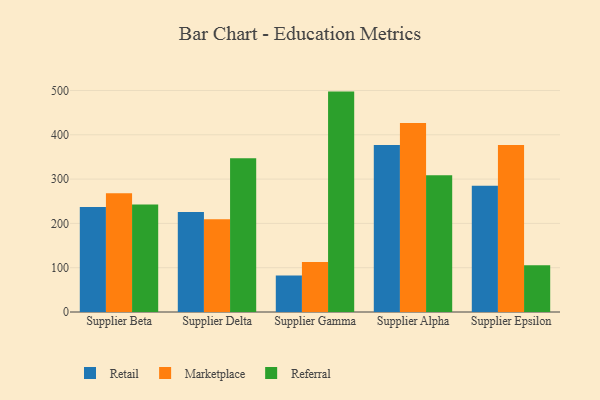
{"axis": {"x": "Supplier", "y": "Satisfaction Score"}, "legend": ["Marketplace", "Referral", "Retail"], "data": [{"x": "Supplier Beta", "y": 237.2, "type": "Retail"}, {"x": "Supplier Beta", "y": 268.1, "type": "Marketplace"}, {"x": "Supplier Beta", "y": 242.8, "type": "Referral"}, {"x": "Supplier Delta", "y": 225.6, "type": "Retail"}, {"x": "Supplier Delta", "y": 209.5, "type": "Marketplace"}, {"x": "Supplier Delta", "y": 347.0, "type": "Referral"}, {"x": "Supplier Gamma", "y": 82.2, "type": "Retail"}, {"x": "Supplier Gamma", "y": 112.9, "type": "Marketplace"}, {"x": "Supplier Gamma", "y": 497.5, "type": "Referral"}, {"x": "Supplier Alpha", "y": 377.2, "type": "Retail"}, {"x": "Supplier Alpha", "y": 426.4, "type": "Marketplace"}, {"x": "Supplier Alpha", "y": 308.8, "type": "Referral"}, {"x": "Supplier Epsilon", "y": 285.0, "type": "Retail"}, {"x": "Supplier Epsilon", "y": 376.8, "type": "Marketplace"}, {"x": "Supplier Epsilon", "y": 105.8, "type": "Referral"}]}